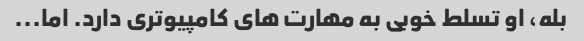
بله، او تسلط خوبی به مهارت های کامپیوتری دارد. اما...